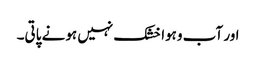
اور آب وہوا خشک نہیں ہونے پاتی۔